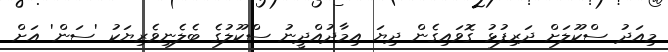
މިއަދު ސްކޫލަށް ދަރިފުޅު ގޮވައިގެން ދިޔަ އިމާދުއްދީނު ސްކޫލުގެ ބެލެނިވެރިޔަކު 'ސަން' އަށް